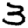
Digit: 3